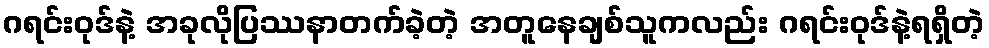
ဂရင်းဝုဒ်နဲ့ အခုလိုပြဿနာတက်ခဲ့တဲ့ အတူနေချစ်သူကလည်း ဂရင်းဝုဒ်နဲ့ရရှိတဲ့